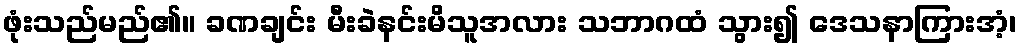
ဖုံးသည်မည်၏။ ခဏချင်း မီးခဲနင်းမိသူအလား သဘာဂထံ သွား၍ ဒေသနာကြားအံ့၊